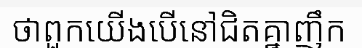
ថាពួកយើងបើនៅជិតគ្នាញឹក